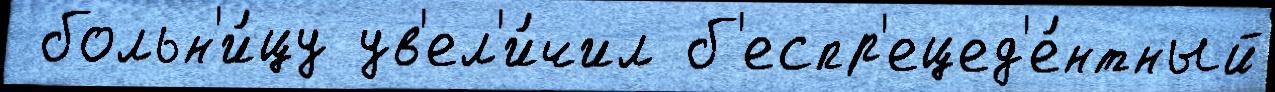
 больн'и́цу ув'ел'и́чил б'еспр'ецед'е́нтный